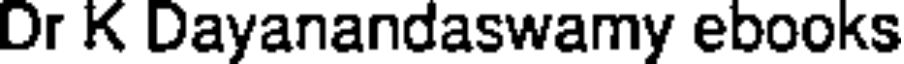
Dr K Dayanandaswamy ebooks